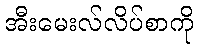
အီးမေးလ်လိပ်စာကို